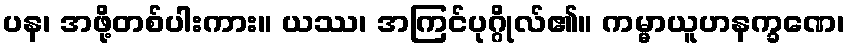
ပန၊ အဖို့တစ်ပါးကား။ ယဿ၊ အကြင်ပုဂ္ဂိုလ်၏။ ကမ္မာယူဟနက္ခဏေ၊